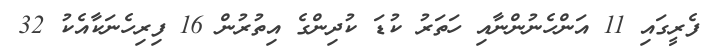
ފެރީގައި 11 އަންހެނުންނާއި ހަތަރު ކުޑަ ކުދިންގެ އިތުރުން 16 ފިރިހެނަކާއެކު 32